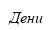
Дени